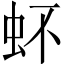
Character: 𧉈